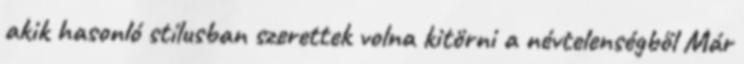
akik hasonló stílusban szerettek volna kitörni a névtelenségből Már